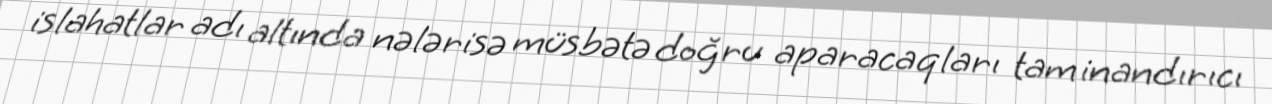
islahatlar adı altında nələrisə müsbətə doğru aparacaqları tam inandırıcı